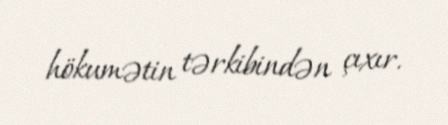
hökumətin tərkibindən çıxır.